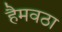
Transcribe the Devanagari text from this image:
हैमवठा